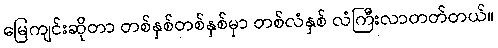
မြေကျင်းဆိုတာ တစ်နှစ်တစ်နှစ်မှာ တစ်လံနှစ် လံကြီးလာတတ်တယ်။